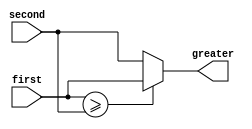
`timescale 1ns / 1ps
//////////////////////////////////////////////////////////////////////////////////
// Company: 
// Engineer: 
// 
// Design Name: 
// Module Name: task_max
// Project Name: 
// Target Devices: 
// Tool Versions: 
// Description: 
// 
// Dependencies: 
// 
// Revision:
// Revision 0.01 - File Created
// Additional Comments:
// 
//////////////////////////////////////////////////////////////////////////////////


module task_max(
    input [7:0] first, second,
    output [7:0] greater
    );
    
    reg [7:0] greater_out;
    
    always @(first, second) begin
        Greater(first, second, greater_out);
    end

    task Greater (
        input [7:0] first, 
        input [7:0] second,
        output [7:0] greater_out
        );
        begin
            if (first >= second) greater_out = first;
            else greater_out = second;
        end
    endtask
    
    assign greater = greater_out;
endmodule